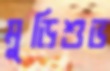
মুড়িশুভ